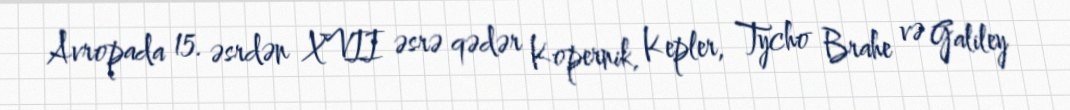
Avropada 15. əsrdən XVII əsrə qədər Kopernik, Kepler, Tycho Brahe və Galiley